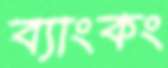
ব্যাংকং